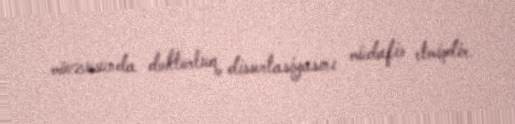
mövzusunda doktorluq dissertasiyasını müdafiə etmişdir.